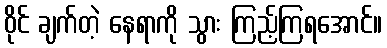
ဝိုင် ချက်တဲ့ နေရာကို သွား ကြည့်ကြရအောင်။